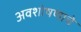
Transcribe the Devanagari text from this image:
अवशोषणाचे